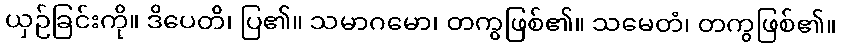
ယှဉ်ခြင်းကို။ ဒိပေတိ၊ ပြ၏။ သမာဂမော၊ တကွဖြစ်၏။ သမေတံ၊ တကွဖြစ်၏။